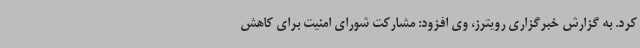
کرد. به گزارش خبرگزاری رویترز، وی افزود: مشارکت شورای امنیت برای کاهش